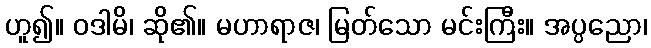
ဟူ၍။ ဝဒါမိ၊ ဆို၏။ မဟာရာဇ၊ မြတ်သော မင်းကြီး။ အပ္ပညော၊